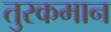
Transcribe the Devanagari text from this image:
तुरकमान